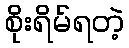
စိုးရိမ်ရတဲ့